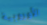
الأوروبية